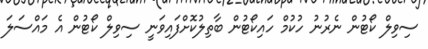
ސިވިލް ކޯޓުން ނެރުނު ހުކުމް ހައިކޯޓުން ބާތިލުކޮށްފައިވަނީ ސިވިލް ކޯޓުން އެ މައްސަލަ